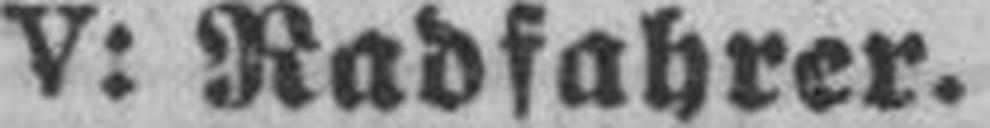
V: Radfahrer.